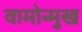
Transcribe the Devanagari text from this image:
वामोन्मुख